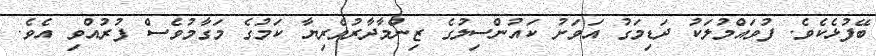
ބޭފުޅެކެވެ. ފުވައްމުލަކު ދަޑިމަގު އަވަށު ކައުންސިލުގެ ޒިންމާދާރުވެރިޔާ ކަމުގެ މަގާމުވެސް ފުރުއްވި އެވެ.